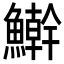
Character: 𩼛